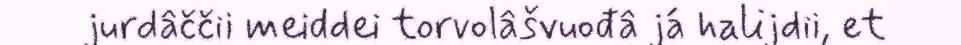
jurdâččii meiddei torvolâšvuođâ já halijdii, et